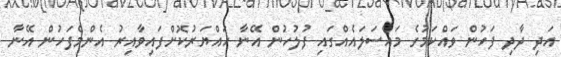
އަދި ދާދި ފަހުން ވައްކަމުގެ މައްސަލައެއްގައި ފުލުހުން އޭނާ ހައްޔަރުކޮށްފައިވާއިރު އެންމެފަހުން އޭނާ